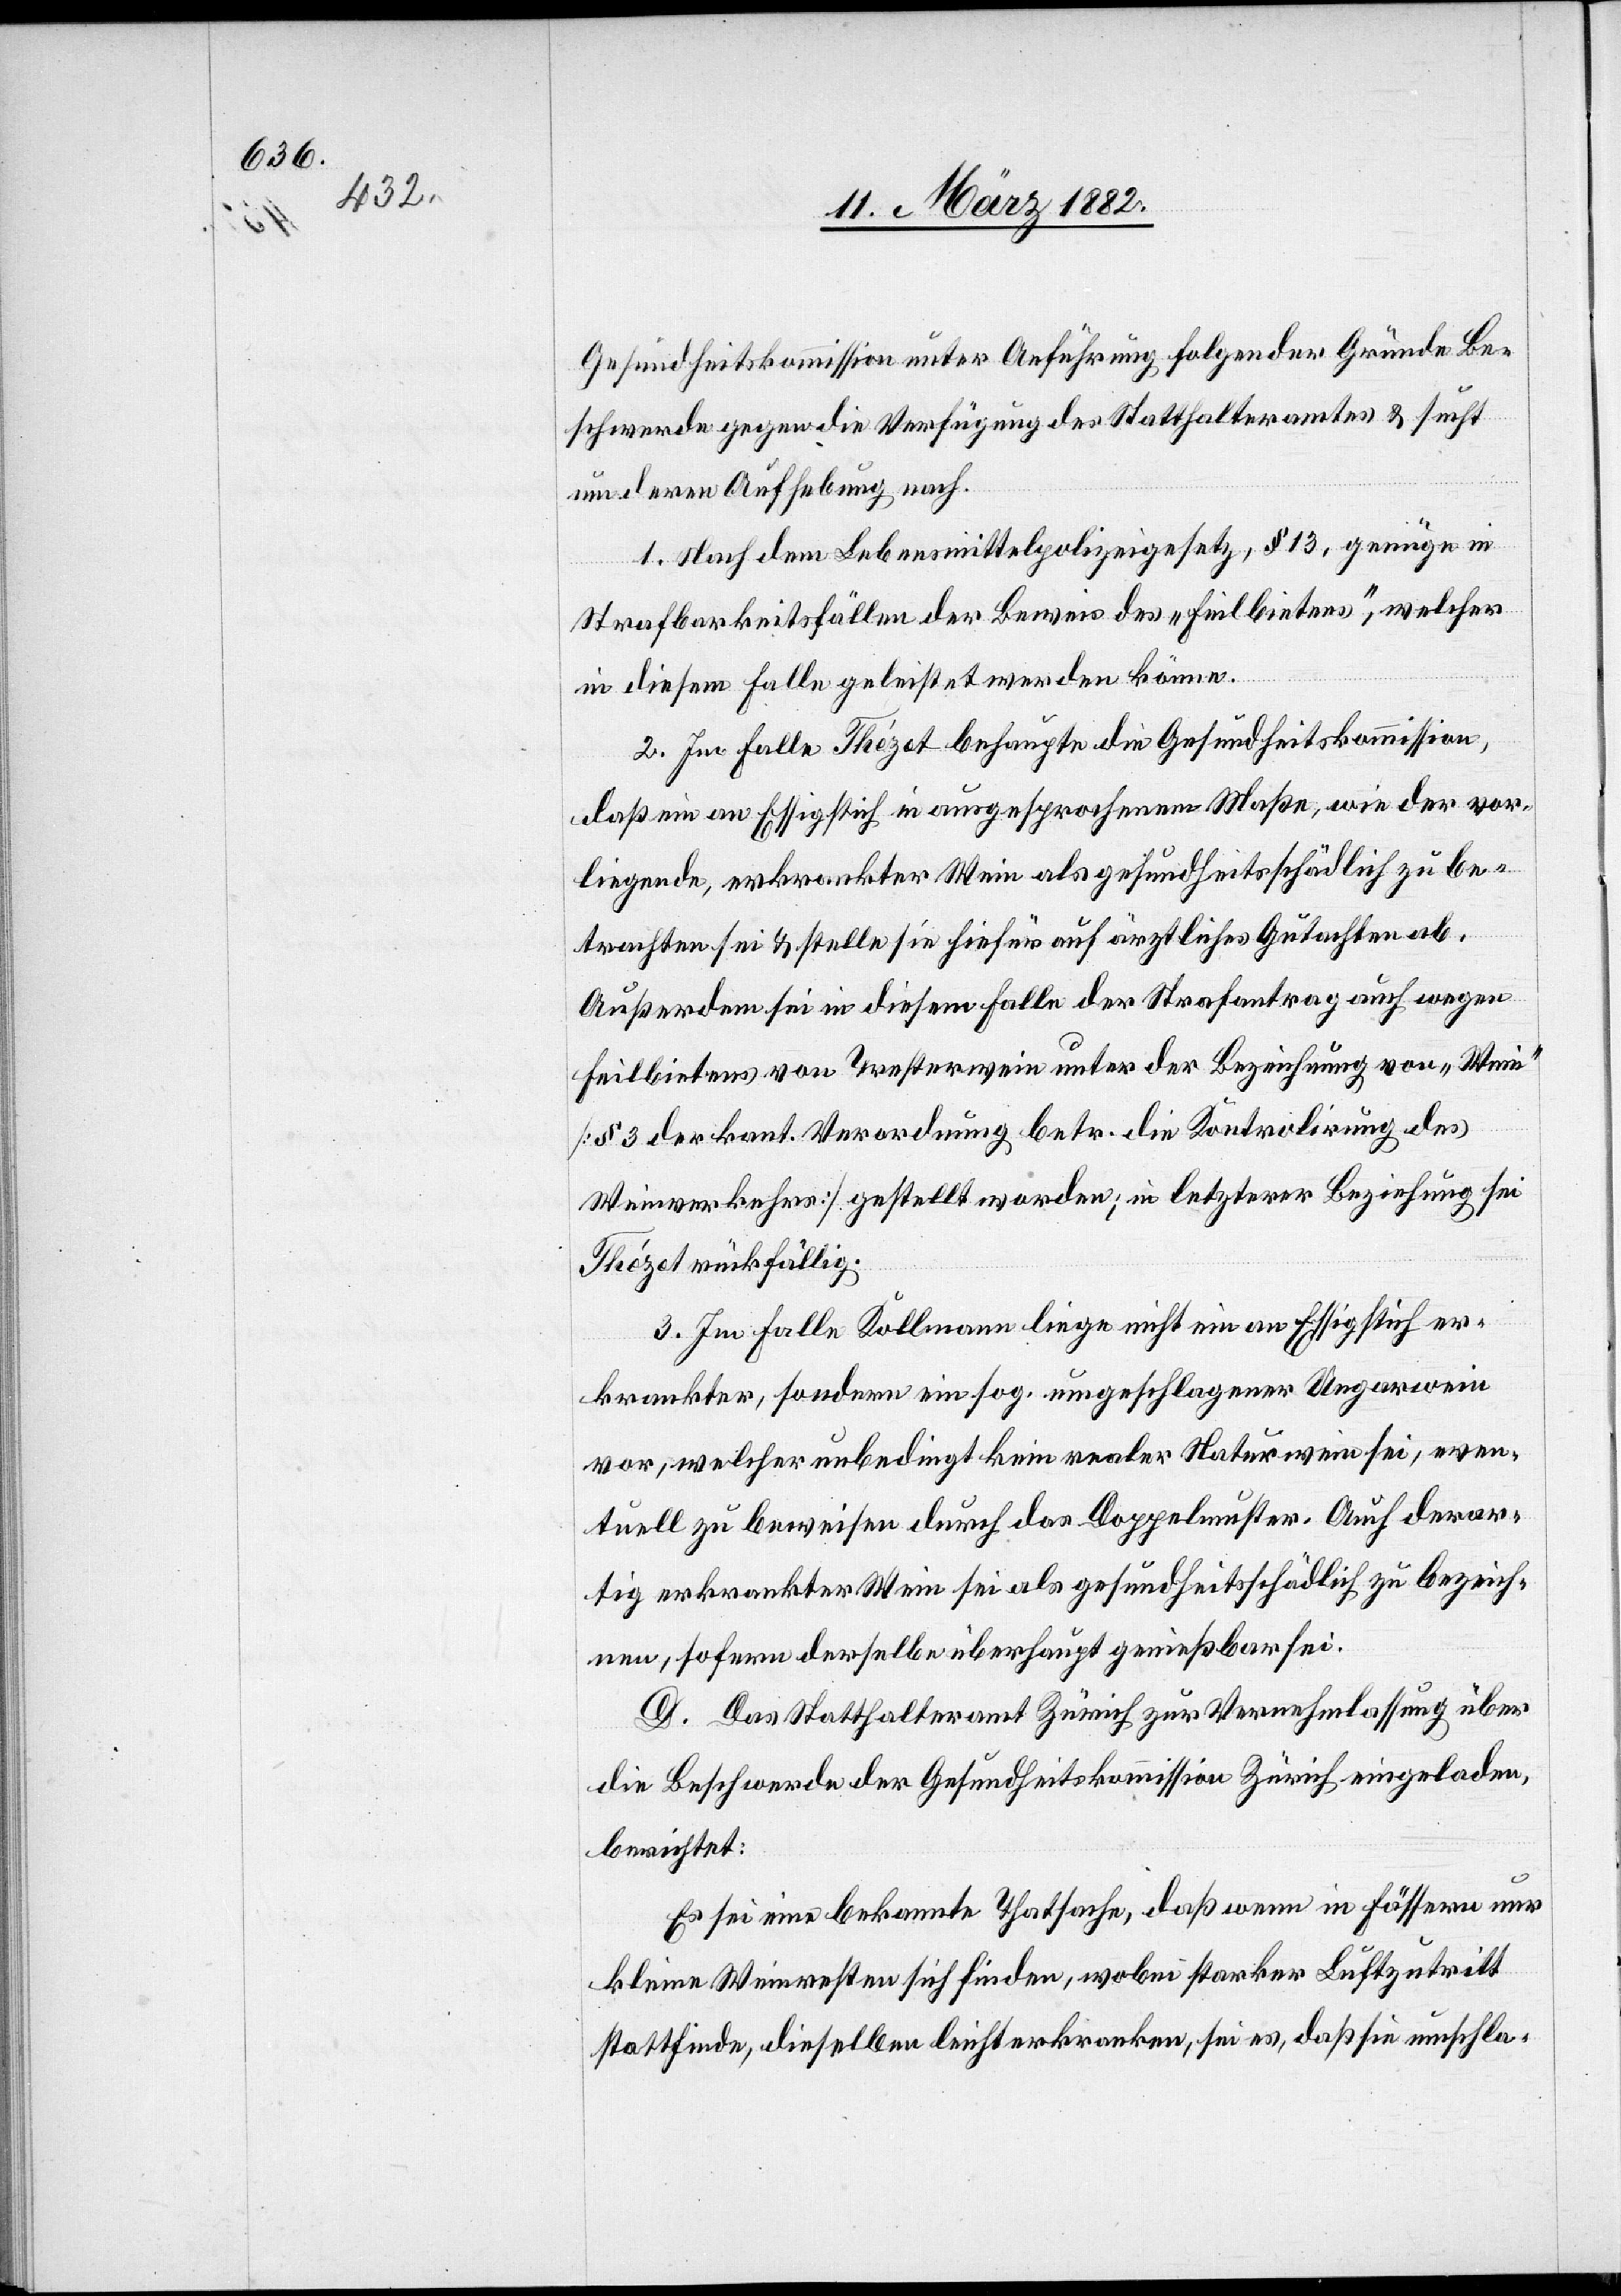
Gesundheitskommission unter Anführung folgender Gründe Be¬
schwerde gegen die Verfügung des Statthalteramtes & sucht
an deren Aufhebung nach.
1. Nach dem Lebensmittelpolizeigesetz, § 13, genüge in
Strafbarkeitsfällen der Beweis des „Feilbietens“, welcher
in diesem Falle geleistet werden könne.
2. Im Falle Thézet behaupte die Gesundheitskommission,
daß ein am Essigstich in ausgesprochenem Maße, wie der vor¬
liegende, erkrankte Wein als gesundheitsschädlich zu be¬
trachten sei & stelle sie hiefür auf ärztliches Gutachten ab.
Außerdem sei in diesem Falle der Strafantrag auch wegen
Feilbietens von Tresterwein unter der Bezeichnung von „Wein“
[§ 3 der kant. Verordnung betr. die Kontrolirung des
Weinverkehrs] gestellt worden; in letzterer Beziehung sei
Thézet rückfällig.
3. Im Falle Kollmann liege nicht ein an Essigstich er¬
krankter, sondern ein sog. ungeschlagener Ungarwein
vor, welcher unbedingt kein realer Naturwein sei, even¬
tuell zu beweisen durch das Doppelmuster. Auch derar¬
tig erkrankter Wein sei als gesundheitsschädlich zu bezeich¬
nen, sofern derselbe überhaupt genießbar sei.
D. Das Statthalteramt Zürich zur Vernehmlassung über
die Beschwerde der Gesundheitskommission Zürich, eingeladen,
berichtet:
Es sei eine bekannte Thatsache, daß wenn in Fässern nur
kleine Weinreste sich finden, wobei starker Luftzutritt
stattfinde, dieselben leicht erkranken, sei es, daß sie umschla-